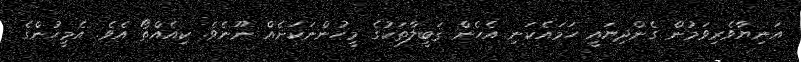
އަނިޔާވެރިވަމުން ގެންދިޔައީ ހަމައެކަނި އެހެން ޤަބީލާތަކުގެ މީހުންނަކަށެއް ނޫނެވެ. ކިއެއްތޯ އެވެ. އެމީހުންގެ